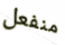
منفعل